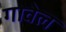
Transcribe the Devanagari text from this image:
गावेल